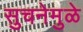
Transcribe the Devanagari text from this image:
सुचनेमुळे